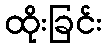
ထိုးခြင်း